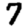
Digit: 7